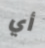
أي